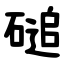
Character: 磓